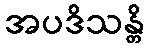
အပဒိသန္တိ